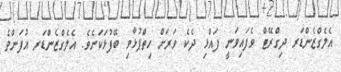
އެލެގްޒެންޑަރ ދިގްރޭޓް ވެފައިވަނީ ފައްޅި ދެކެ ވަރަށް ހިތްޕުޅާވި ބޭފުޅަކަށެވެ. އެލެގްޒެންޑަރ އުފަންވެ